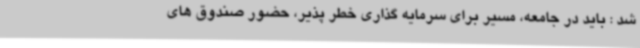
شد : باید در جامعه، مسیر برای سرمایه گذاری خطر پذیر، حضور صندوق های